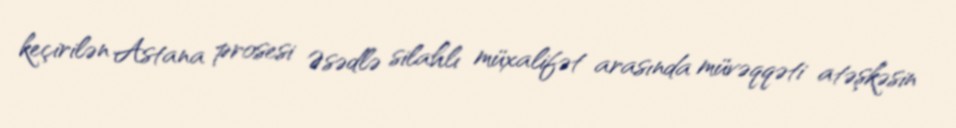
keçirilən Astana prosesi Əsədlə silahlı müxalifət arasında müvəqqəti atəşkəsin